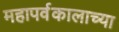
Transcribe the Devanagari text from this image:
महापर्वकालाच्या